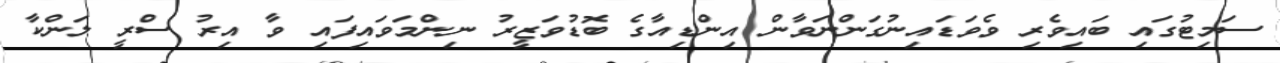
ސަމިޓުގައި ބައިވެރި ވެވަޑައިނުގަންނަވާން އިންޑިއާގެ ބޮޑުވަޒީރު ނިންމަވައިފައި ވާ އިރު ސްރީ ލަންކާ